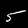
Digit: 5